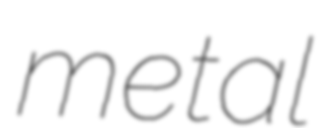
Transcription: metal